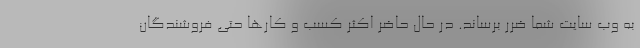
به وب سایت شما ضرر برساند. در حال حاضر اکثر کسب و کارها حتی فروشندگان